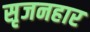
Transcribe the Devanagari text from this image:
सृजनहार